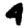
Digit: 4